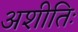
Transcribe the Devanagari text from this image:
अशीतिः